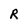
Character: R